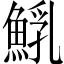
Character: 𩸐